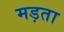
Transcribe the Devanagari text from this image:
मड़ता